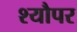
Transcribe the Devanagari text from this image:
श्यौपर